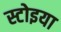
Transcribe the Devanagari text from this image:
स्टोइया